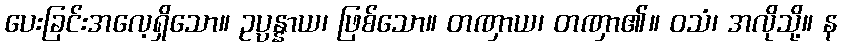
ပေးခြင်းအလေ့ရှိသော။ ဥပ္ပန္နာယ၊ ဖြစ်သော။ တဏှာယ၊ တဏှာ၏။ ဝသံ၊ အလိုသို့။ န